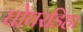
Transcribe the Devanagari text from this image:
घोघरडिहा